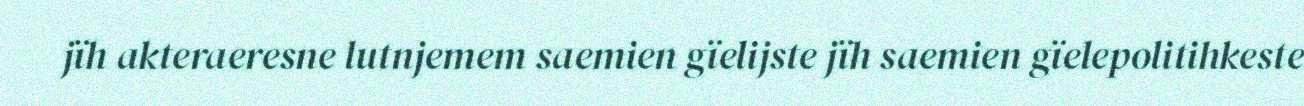
jïh akteraeresne lutnjemem saemien gïelijste jïh saemien gïelepolitihkeste